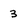
Character: 3